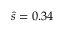
\hat { s } = 0 . 3 4